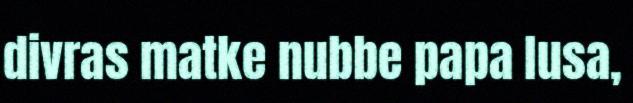
divras matke nubbe papa lusa,